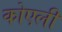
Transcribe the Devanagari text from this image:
कोएली